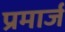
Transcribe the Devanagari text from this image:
प्रमार्ज